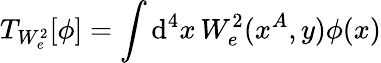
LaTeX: T_{W_{e}^{2}}[\phi]=\int\mathrm{d}^{4}x\, W_{e}^{2}(x^{A},y)\phi(x)